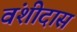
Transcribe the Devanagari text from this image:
वंशीदास